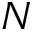
N